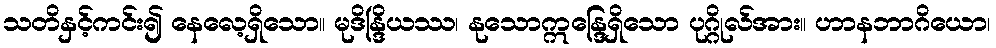
သတိနှင့်ကင်း၍ နေလေ့ရှိသော။ မုဒိန္ဒြိယဿ၊ နုသောဣန္ဒြေရှိသော ပုဂ္ဂိုလ်အား။ ဟာနဘာဂိယော၊